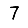
Digit: 7